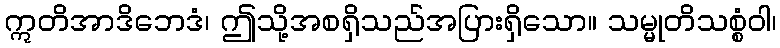
ဣတိအာဒိဘေဒံ၊ ဤသို့အစရှိသည်အပြားရှိသော။ သမ္မုတိသစ္စံဝါ၊